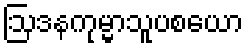
ဩဒနကုမ္မာသူပစယော